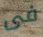
فى